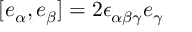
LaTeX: [ e _ { \alpha } , e _ { \beta } ] = 2 \epsilon _ { \alpha \beta \gamma } e _ { \gamma }